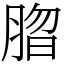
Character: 䐇